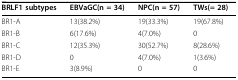
<table><thead><tr><td><b>BRLF1 subtypes</b></td><td><b>EBVaGC(n = 34)</b></td><td><b>NPC(n = 57)</b></td><td><b>TWs(= 28)</b></td></tr></thead><tbody><tr><td>BR1-A</td><td>13(38.2%)</td><td>19(33.3%)</td><td>19(67.8%)</td></tr><tr><td>BR1-B</td><td>6(17.6%)</td><td>4(7.0%)</td><td>0</td></tr><tr><td>BR1-C</td><td>12(35.3%)</td><td>30(52.7%)</td><td>8(28.6%)</td></tr><tr><td>BR1-D</td><td>0</td><td>4(7.0%)</td><td>1(3.6%)</td></tr><tr><td>BR1-E</td><td>3(8.9%)</td><td>0</td><td>0</td></tr></tbody></table>